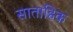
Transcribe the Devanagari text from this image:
साताहिक